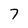
Character: 7